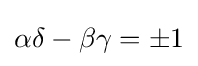
\alpha \delta -\beta \gamma =\pm 1